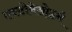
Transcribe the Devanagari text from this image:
एक्टोमेसोडर्म